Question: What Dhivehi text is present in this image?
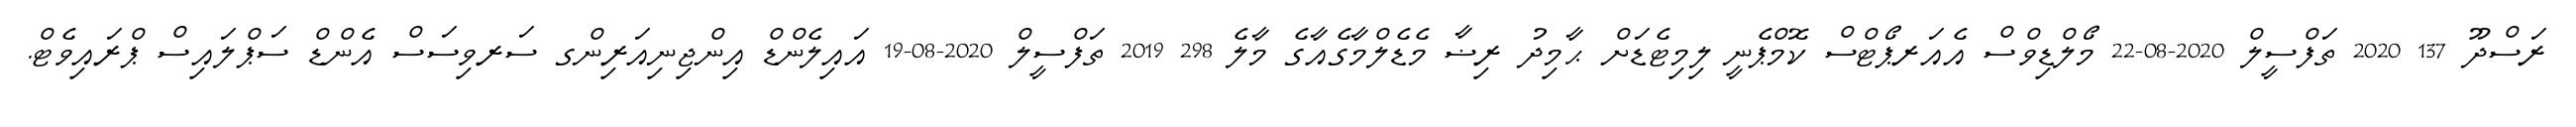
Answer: ރަސްދޫ 137 2020 ތަފްސީލް 2020-08-22 މޯލްޑިވްސް އެއަރޕޯޓްސް ކޮމްޕެނީ ލިމިޓެޑަށް ޙާމިދު ރިޟާ މެޑެލްމާގެއާގެ މާލެ 298 2019 ތަފްސީލް 2020-08-19 އައިލެންޑް އިންޖިނިއަރިންގ ސަރވިސަސް އެންޑް ސަޕްލައިސް ޕްރައިވެޓް.